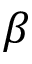
\beta